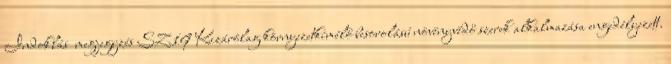
Indoklás megjegyzés SZ19 Kizárólag környezetkímélő besorolású növényvédő szerek alkalmazása engedélyezett.